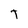
Character: T